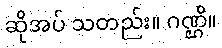
ဆိုအပ် သတည်း။ ဂဏ္ဌိ။